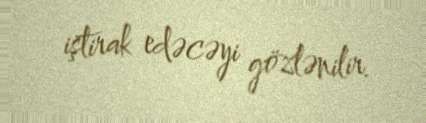
iştirak edəcəyi gözlənilir.